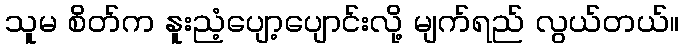
သူမ စိတ်က နူးညံ့ပျော့ပျောင်းလို့ မျက်ရည် လွယ်တယ်။